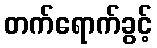
တက်ရောက်ခွင့်